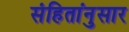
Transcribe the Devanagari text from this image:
संहितांनुसार